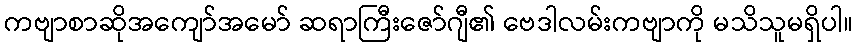
ကဗျာစာဆိုအကျော်အမော် ဆရာကြီးဇော်ဂျီ၏ ဗေဒါလမ်းကဗျာကို မသိသူမရှိပါ။